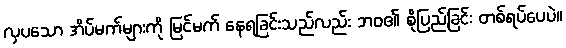
လှပသော အိပ်မက်များကို မြင်မက် နေရခြင်းသည်လည်း ဘဝ၏ စိုပြည်ခြင်း တစ်ရပ်ပေပဲ။